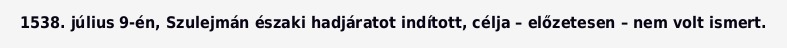
1538. július 9-én, Szulejmán északi hadjáratot indított, célja – előzetesen – nem volt ismert.